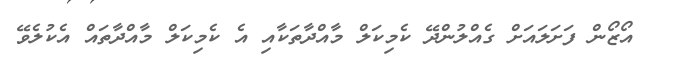
_ އޯޒޯން ފަށަލައަށް ގެއްލުންދޭ ކެމިކަލް މާއްދާތަކާއި އެ ކެމިކަލް މާއްދާތައް އެކުލެވޭ